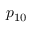
p _ { 1 0 }